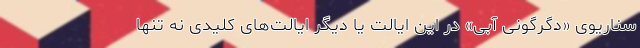
سناریوی «دگرگونی آبی» در این ایالت یا دیگر ایالت‌های کلیدی نه تنها